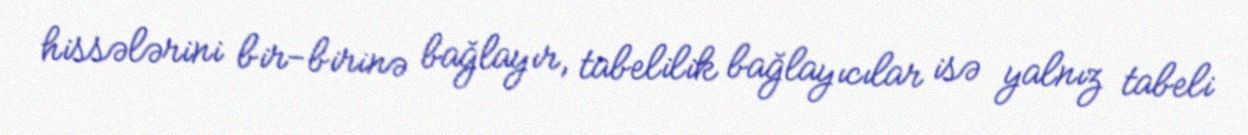
hissələrini bir-birinə bağlayır, tabelilik bağlayıcılar isə yalnız tabeli